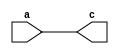
`timescale 1ns / 1ps
//////////////////////////////////////////////////////////////////////////////////
// Company: 
// Engineer: 
// 
// Design Name: 
// Module Name:    assignment 
// Project Name: 
// Target Devices: 
// Tool versions: 
// Description: 
//
// Dependencies: 
//
// Revision: 
// Revision 0.01 - File Created
// Additional Comments: 
//
//////////////////////////////////////////////////////////////////////////////////
module assignment( 
	input [31:0] a,
	output [31:0] c
	);
	
	assign c = a;

endmodule